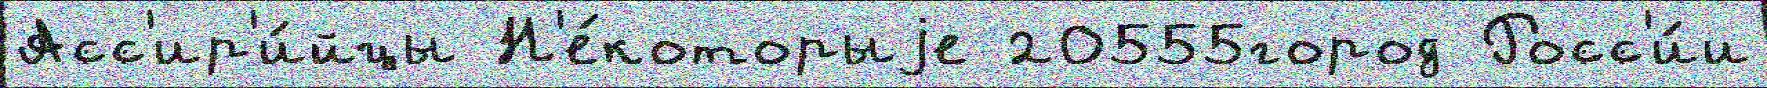
Асс'ир'и́йцы Н'е́которыjе 20555город Росс'и́и